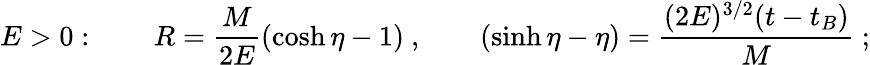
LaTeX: E>0:~~~~~~~~R={\frac{M}{2E}}(\cosh\eta-1)~,~~~~~~~~(\sinh\eta-\eta)={\frac{(2E)^{3/2}(t-t_{B})}{M}}~;